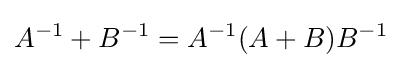
A^{-1}+B^{-1}=A^{-1}(A+B)B^{-1}